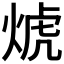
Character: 𰞱